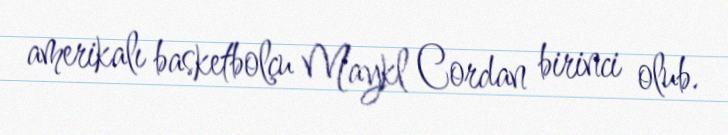
amerikalı basketbolçu Maykl Cordan birinci olub.